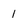
Character: 1